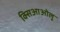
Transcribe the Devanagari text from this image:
क्सिआओलू